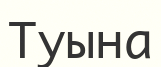
Туына